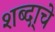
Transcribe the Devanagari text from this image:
शब्दा्चे